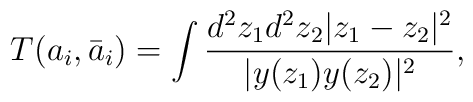
T (a_i, \bar{a}_i)  =  \int { d^2 z_1 d^2 z_2 |z_1 - z_2|^2 \over |y(z_1)y(z_2)|^2 },